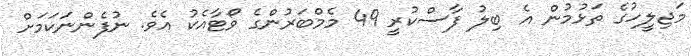
މަޖިލީހުގެ ތަޅުމުން އެ ބިލު ފާސްކުރީ 49 މެމްބަރުންގެ ވޯޓާއެކު އެވެ. ނުފެންނަކަަމަށް